Leaving Certificate Examination, 1915
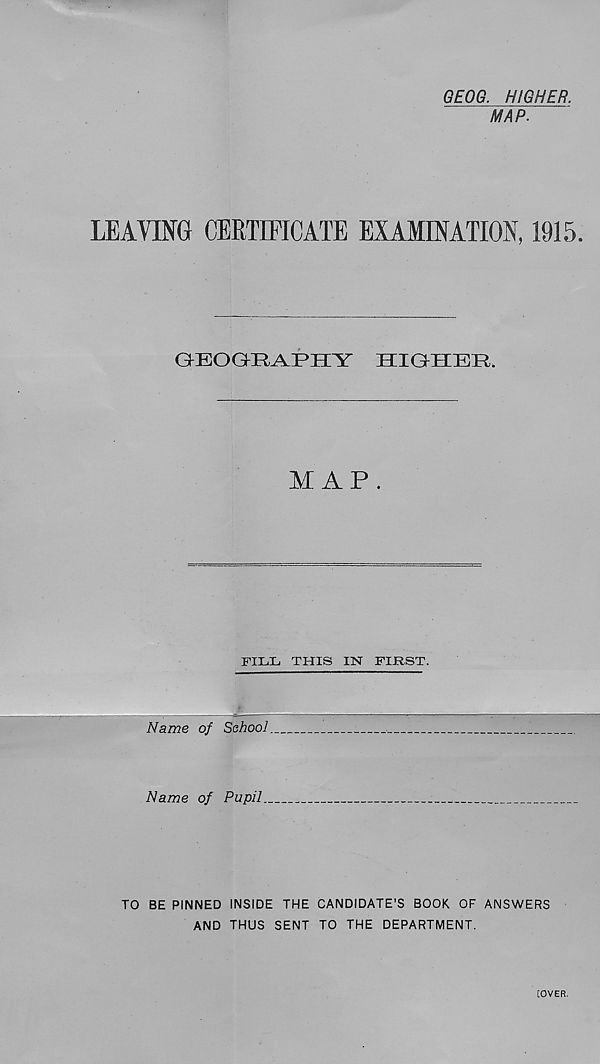
GEOG. HIGHER.
MAP.
LEAVING CERTIFICATE EXAMINATION, 1915.
GEOGRAPHY
HIGHER.
XI AP.
FILL THIS IN FIRST.
Name of School.
Name of Pupil.
TO BE PINNED INSIDE THE CANDIDATE’S BOOK OF ANSWERS
AND THUS SENT TO THE DEPARTMENT.
[OVER.